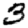
Digit: 3